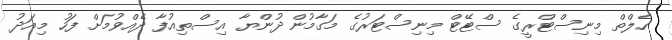
ހެލްތް މިނިސްޓްރީގެ ސްޓޭޓް މިނިސްޓަރުގެ މަގާމުން ދުންޔާ އިސްތިއުފާ ދެއްވުމަށް ފަހު މިއަދު